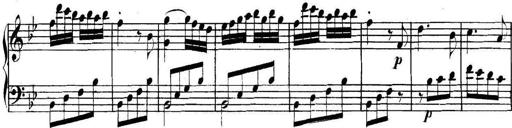
Title: Collected Piano Sonatas
Composer: Muzio Clementi